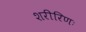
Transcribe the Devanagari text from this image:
शरीरिणः